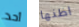
أحد اظنها